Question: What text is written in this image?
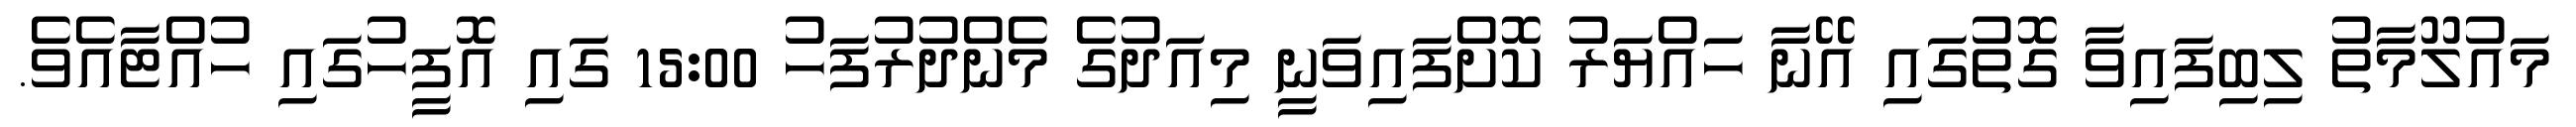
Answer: މައުލޫމާތު ލިބިފައިވާ ގޮތުގައި އޭނާ ހައްޔަރު ކޮށްފައިވަނީ މިއަދުގެ މެންދުރުފަހު 15:00 ގައި އޮފީހުގައި ހުއްޓާއެވެ.